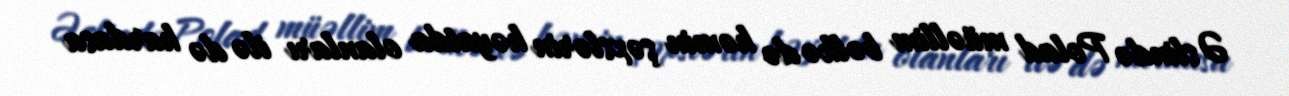
Əslində Polad müəllim bəlkə də həmin şəxslərin həyatda olanları ilə də hardasa